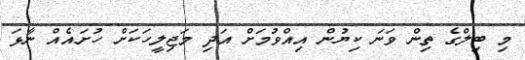
މި ބިލްގެ ތިން ވަނަ ކިޔުން އިއްވުމަށް އަދި މަޖިލީހަކަށް ހުށައެއް ނާޅަ